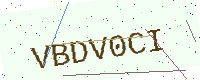
Text: VBDV0CI